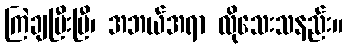
ကြဲချပြီးပြီ၊ အဘယ်အရာ လိုသေးသနည်း။